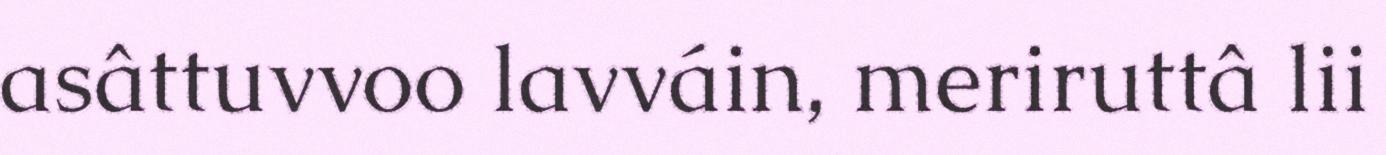
asâttuvvoo lavváin, meriruttâ lii